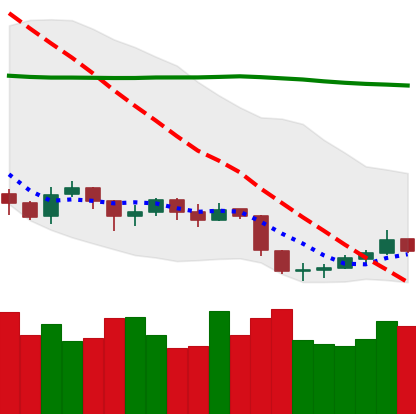
Ticker: LTC-USD
Chart end date: 2019-09-04
Forward return: 4.32%
Label: up_3_5